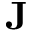
\mathbf { J }